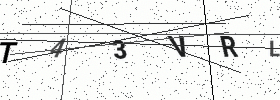
Text: T43VRL